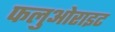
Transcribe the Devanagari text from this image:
फलुओराइट